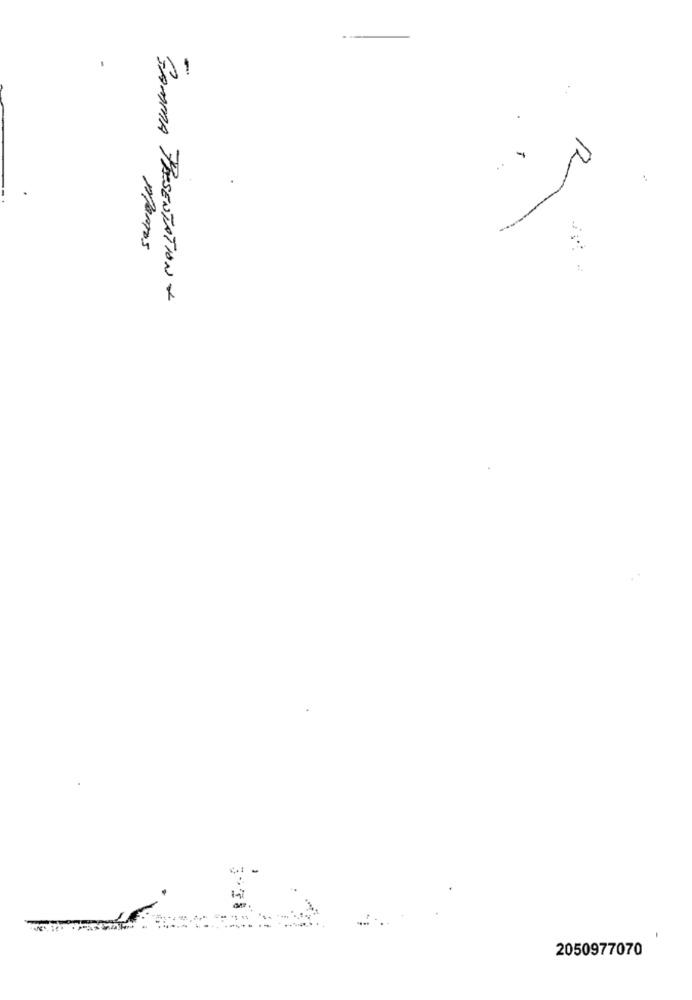
Manos
SAMMA PRESENTATION +
-
2050977070